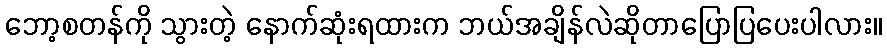
ဘော့စတန်ကို သွားတဲ့ နောက်ဆုံးရထားက ဘယ်အချိန်လဲဆိုတာပြောပြပေးပါလား။